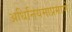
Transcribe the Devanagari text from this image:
अधिनियमाप्रमाणे